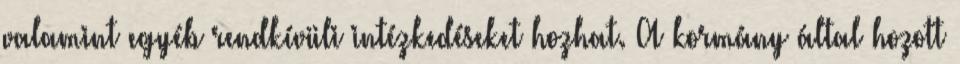
valamint egyéb rendkívüli intézkedéseket hozhat. A kormány által hozott